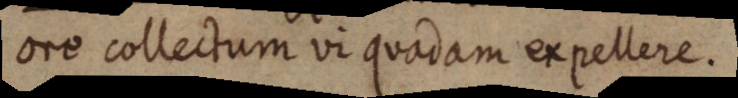
ore collectum vi quadam expellere.